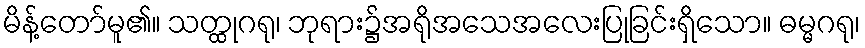
မိန့်တော်မူ၏။ သတ္ထုဂရု၊ ဘုရား၌အရိုအသေအလေးပြုခြင်းရှိသော။ ဓမ္မဂရု၊